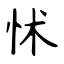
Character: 怵